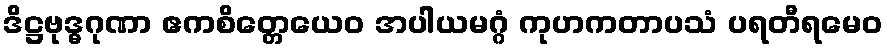
ဒိဋ္ဌဗုဒ္ဓဂုဏာ ဧကစိတ္တေယေဝ အပါယမဂ္ဂံ ကုဟကတာပသံ ပရတီရမေဝ